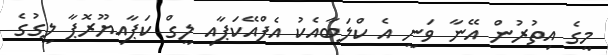
މީގެ އިތުރުން އޭނާ ވަނީ އެ ކްލަބާއެކު އެފްއޭކަޕާއި ލީގް ކަޕާއިޔޫރޮޕާ ލީގުގެ